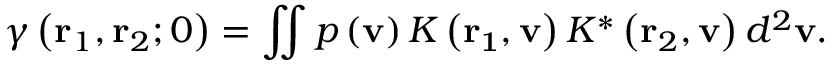
\gamma \left( { { \bf { r } } _ { 1 } } , { { \bf { r } } _ { 2 } } ; 0 \right) = \iint { p \left( { \bf { v } } \right) K \left( { \bf { { r } } _ { 1 } } , { \bf { v } } \right) { { K } ^ { * } } \left( { { \bf { { r } } } _ { 2 } } , { \bf { v } } \right) { { d } ^ { 2 } } { \bf { v } } } .